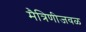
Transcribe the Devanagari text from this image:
मैत्रिणीजवळ